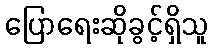
ပြောရေးဆိုခွင့်ရှိသူ